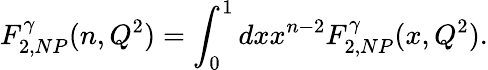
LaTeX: F_{2,NP}^{\gamma}(n,Q^{2})=\int_{0}^{1}dxx^{n-2}F_{2,NP}^{\gamma}(x,Q^{2}).